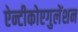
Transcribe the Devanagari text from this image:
ऐन्टीकोएगुलेंशन